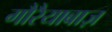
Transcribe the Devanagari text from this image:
गौरैयाबाज़